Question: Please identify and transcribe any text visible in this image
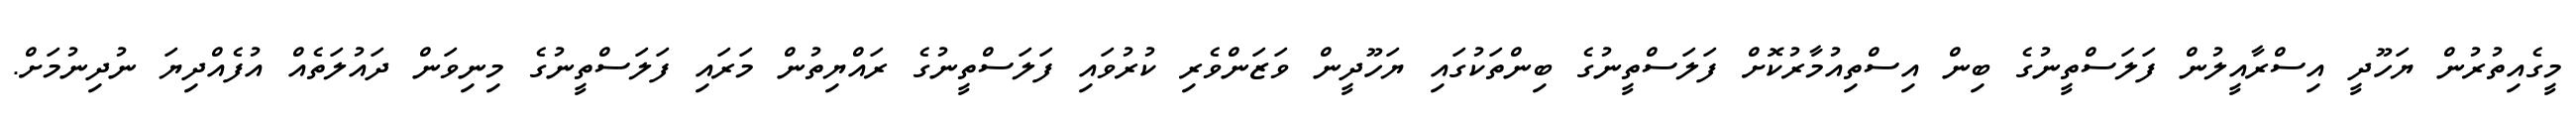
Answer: މީގެއިތުރުން ޔަހޫދީ އިސްރާއީލުން ފަލަސްތީނުގެ ބިން އިސްތިއުމާރުކޮށް ފަލަސްތީނުގެ ބިންތަކުގައި ޔަހޫދީން ވަޒަންވެރި ކުރުވައި ފަލަސްތީނުގެ ރައްޔިތުން މަރައި ފަލަސްތީނުގެ މިނިވަން ދައުލަތެއް އުފެއްދިޔަ ނުދިނުމަށް.